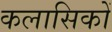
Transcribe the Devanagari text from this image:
कलासिकों